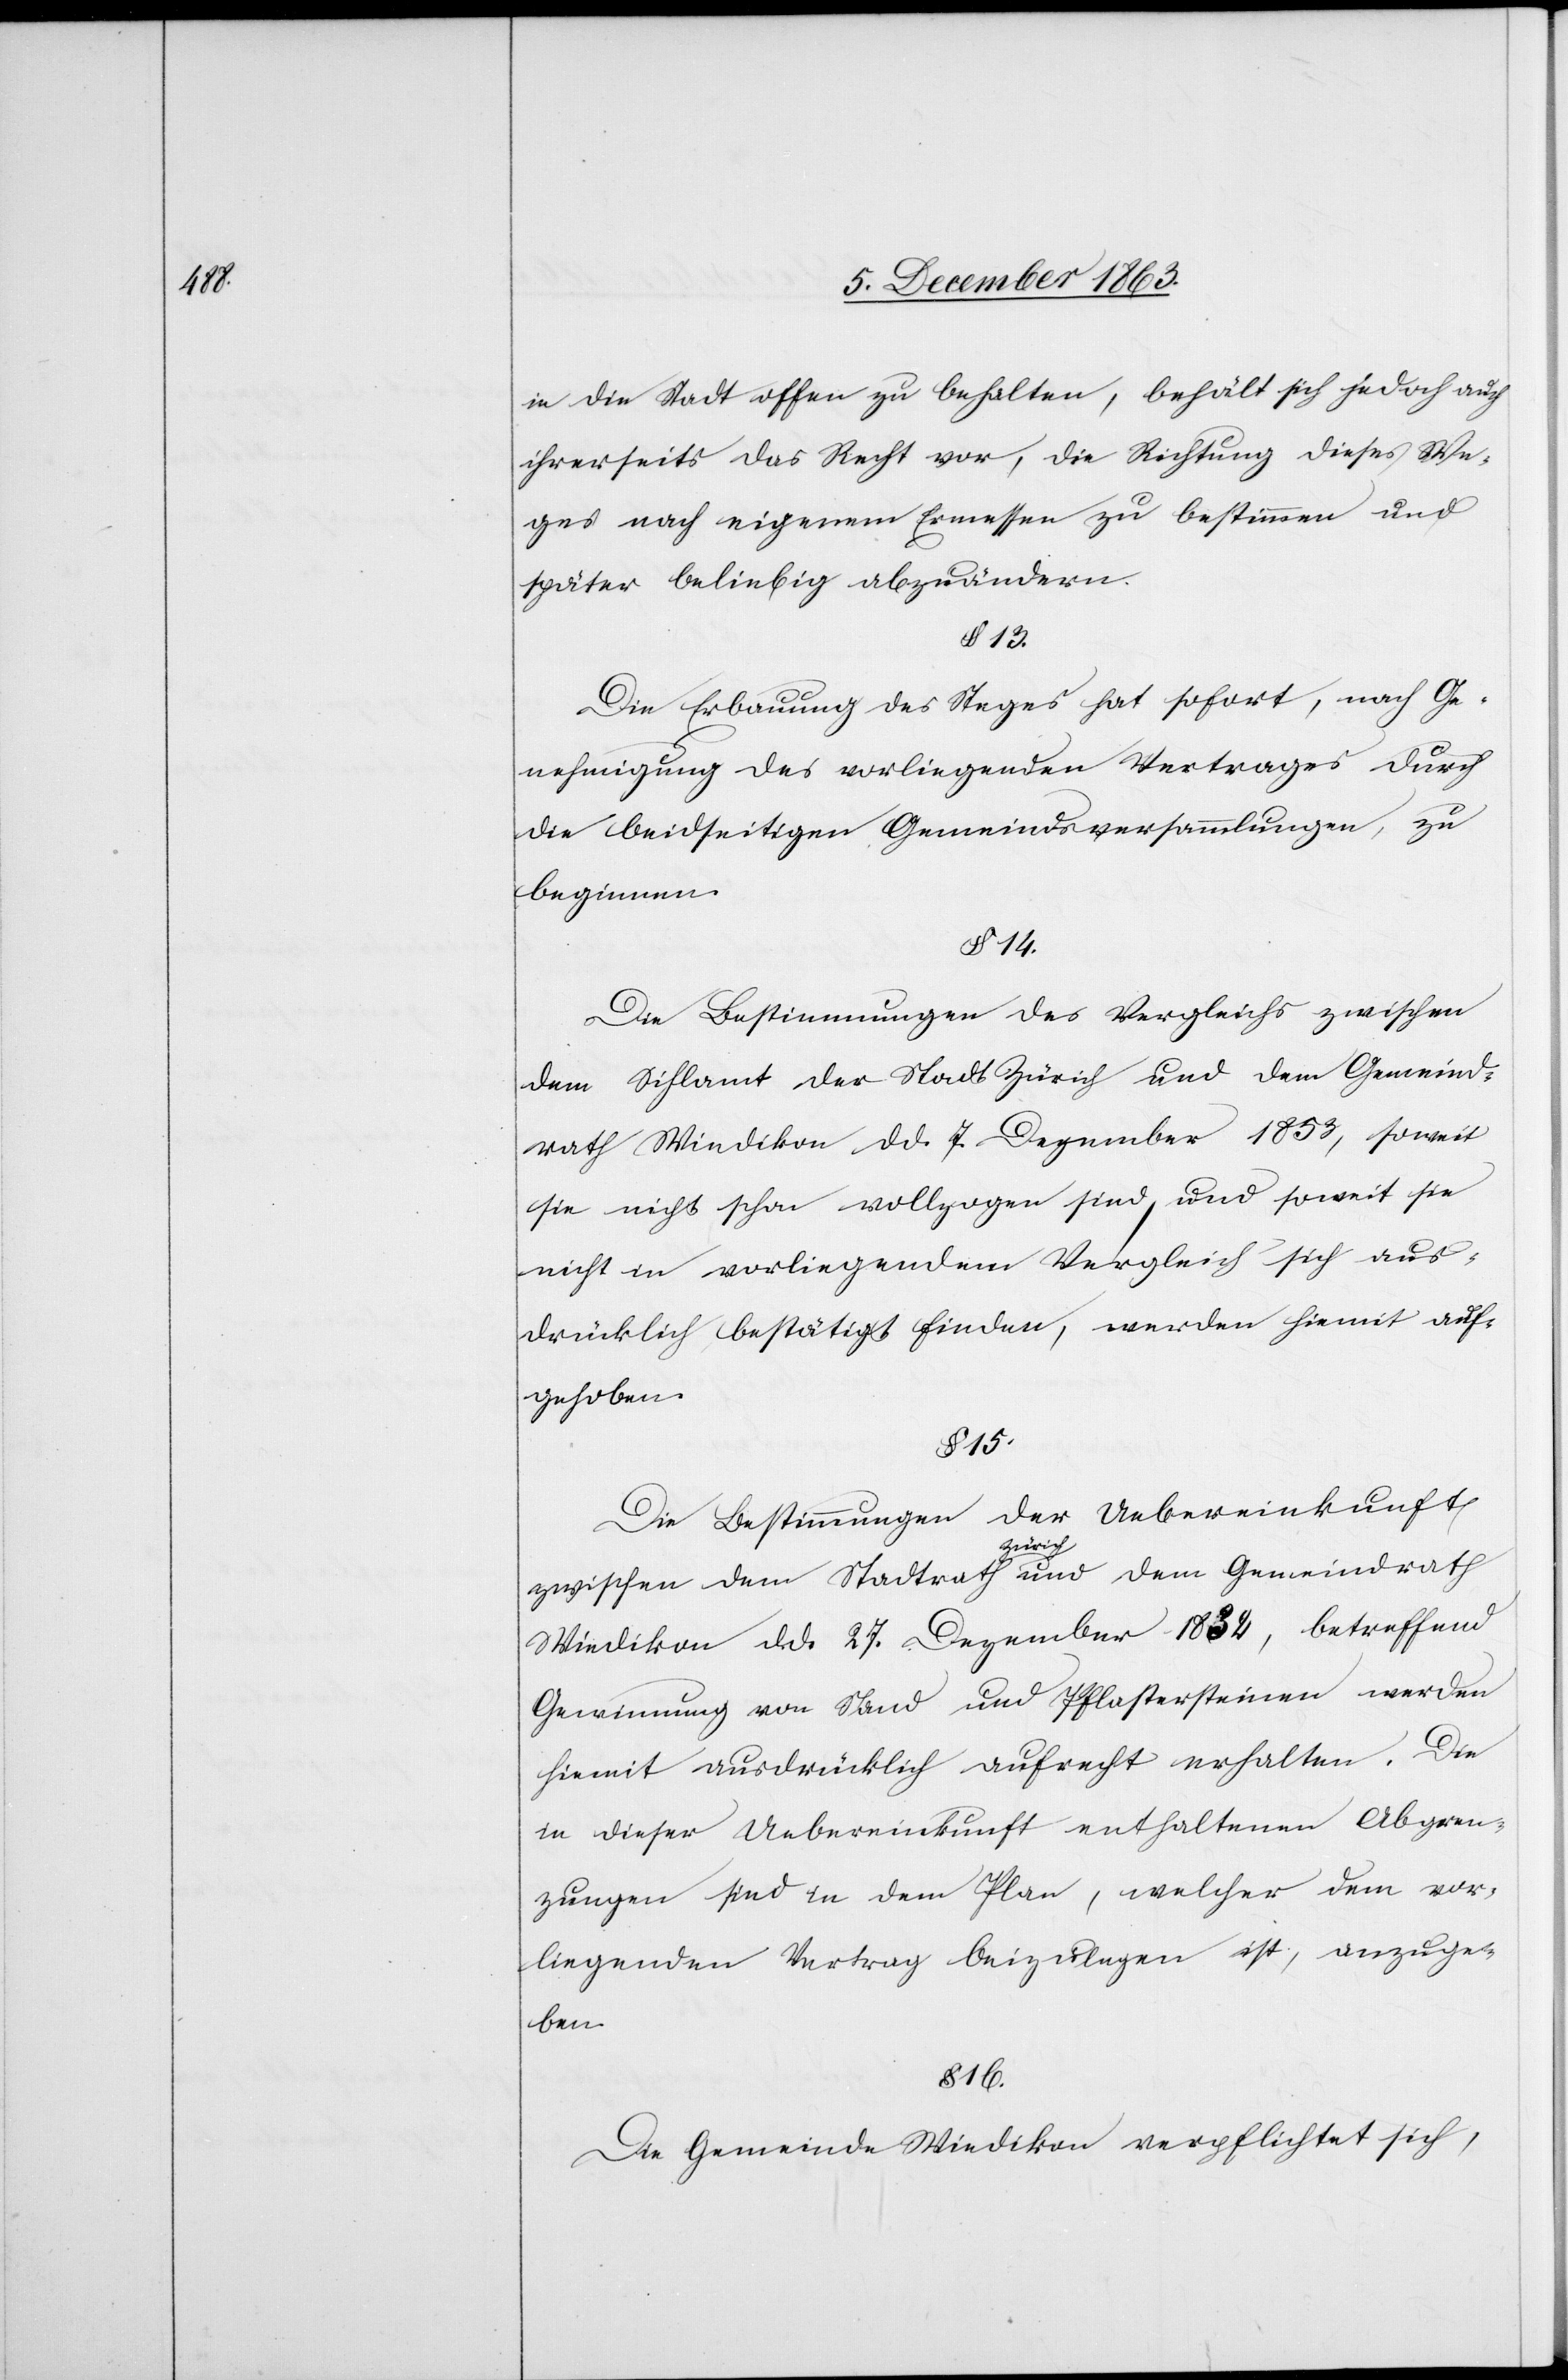
in die Stadt offen zu behalten, behält sich jedoch auch
ihrerseits das Recht vor, die Richtung dieses We¬
ges nach eigenem Ermessen zu bestimmen und
später beliebig abzuändern.
§ 13.
Die Erbauung des Steges hat sofort, nach Ge¬
nehmigung des vorliegenden Vertrages durch
die beidseitigen Gemeindsversammlungen, zu
beginnen.
§ 14
Die Bestimmungen des Vergleichs zwischen
dem Sihlamt der Stadt Zürich und dem Gemeind¬
rath Wiedikon d d. 7. Dezember 1853, soweit
sie nicht schon vollzogen sind, und soweit sie
nicht in vorliegendem Vergleich sich aus¬
drücklich bestätigt finden, werden hiemit auf¬
gehoben.
§ 15.
Die Bestimmungen der Uebereinkunft
zwischen dem Stadtrath a-Zürich-a und dem Gemeindrath
Wiedikon d. d. 27. Dezember 1832, betreffend
Gewinnung von Sand und Pflastersteinen werden
hiemit ausdrücklich aufrecht erhalten. Die
in dieser Uebereinkunft enthaltenen Abgren¬
zungen sind in dem Plan, welcher dem vor¬
liegenden Vertrag beizulegen ist, anzuge¬
ben.
§ 16.
Die Gemeinde Wiedikon verpflichtet sich,